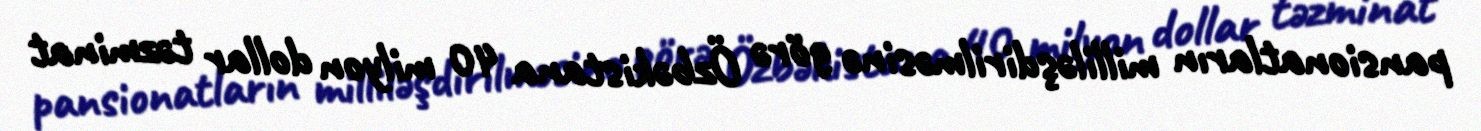
pansionatların milliləşdirilməsinə görə Özbəkistana 40 milyon dollar təzminat